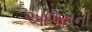
આળખની